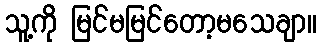
သူ့ကို မြင်မမြင်တော့မသေချာ။